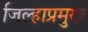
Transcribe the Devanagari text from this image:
जिल्हाप्रमुख